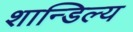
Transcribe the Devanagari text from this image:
शान्डिल्य